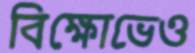
বিক্ষোভেও